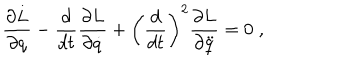
{ \frac { \partial L } { \partial q } } - { \frac { d } { d t } } { \frac { \partial L } { \partial \dot { q } } } + \left( { \frac { d } { d t } } \right) ^ { 2 } { \frac { \partial L } { \partial \ddot { q } } } = 0 \; ,